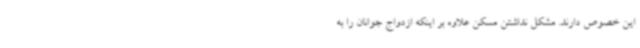
این خصوص دارند. مشکل نداشتن مسکن علاوه بر اینکه ازدواج جوانان را به